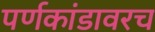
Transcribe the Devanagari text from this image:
पर्णकांडावरच